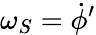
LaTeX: \omega_{S}={\dot{\phi}}^{\prime}